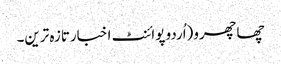
چھاچھرو(اُردو پوائنٹ اخبارتازہ ترین۔